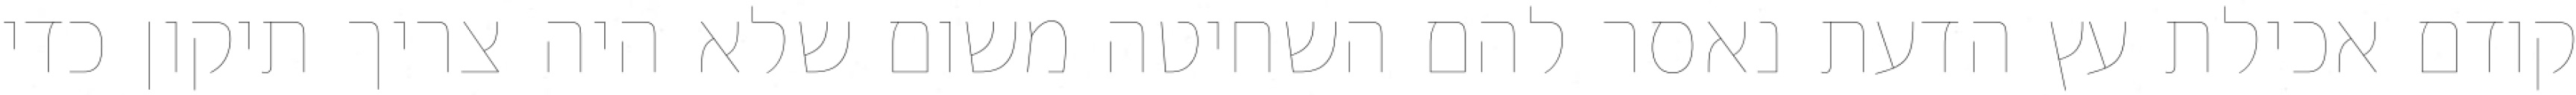
קודם אכילת עץ הדעת נאסר להם השחיטה משום שלא היה צריך תיקון כדי